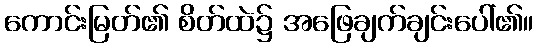
ကောင်းမြတ်၏ စိတ်ထဲ၌ အဖြေချက်ချင်းပေါ်၏။